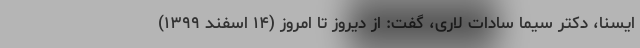
ایسنا، دکتر سیما سادات لاری، گفت: از دیروز تا امروز (۱۴ اسفند ۱۳۹۹)